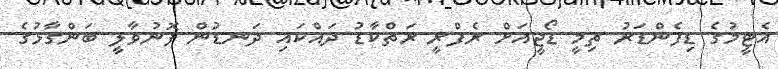
އެޓީމުގެ ޑިފެންޑަރު ޗިމީ ޑޯޖީއަށް ރެފްރީ ރަތްކާޑު ދައްކައި ދަނޑުން ފޮނުވާލީ ބަންގާޅުގެ